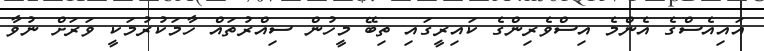
އައިއެސްގެ އެންމެ އިސްވެރިންގެ ކައިރީގައި ތިބޭ މީހުން ސިއްރުތައް ހާމަކުރުމަކީ ވަރަށް ނުވާ